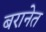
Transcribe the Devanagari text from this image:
बरानेत